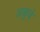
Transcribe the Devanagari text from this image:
अळुचे